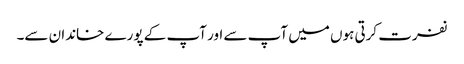
نفرت کرتی ہوں میں آپ سے اور آپ کے پورے خاندان سے۔